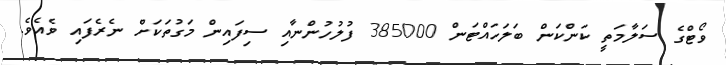
ވޯޓްގެ ސަލާމަތީ ކަންކަން ބަލަހައްޓަން 385000 ފުލުހުންނާއި ސިފައިން މަގުތަކަށް ނެރެފައި ވެއެވެ.